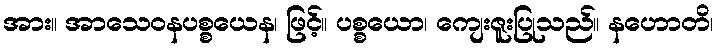
အား။ အာသေဝနပစ္စယေန၊ ဖြင့်။ ပစ္စယော၊ ကျေးဇူးပြုသည်။ နဟောတိ၊